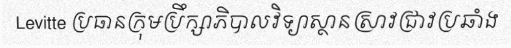
Levitte ប្រធានក្រុមប្រឹក្សាភិបាលវិទ្យាស្ថានស្រាវជ្រាវប្រឆាំង